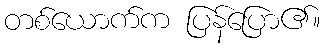
တစ်ယောက်က ပြန်ပြော၏။